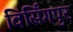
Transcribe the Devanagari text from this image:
विर्सिंगपुर